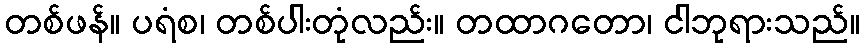
တစ်ဖန်။ ပရံစ၊ တစ်ပါးတုံလည်း။ တထာဂတော၊ ငါဘုရားသည်။